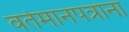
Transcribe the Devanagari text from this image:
वर्तमानपत्रांना